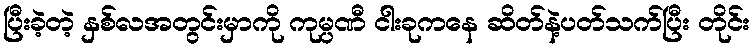
ပြီးခဲ့တဲ့ နှစ်လအတွင်းမှာကို ကုမ္ပဏီ ငါးခုကနေ ဆိတ်နဲ့ပတ်သက်ပြီး တိုင်း